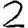
Digit: 2